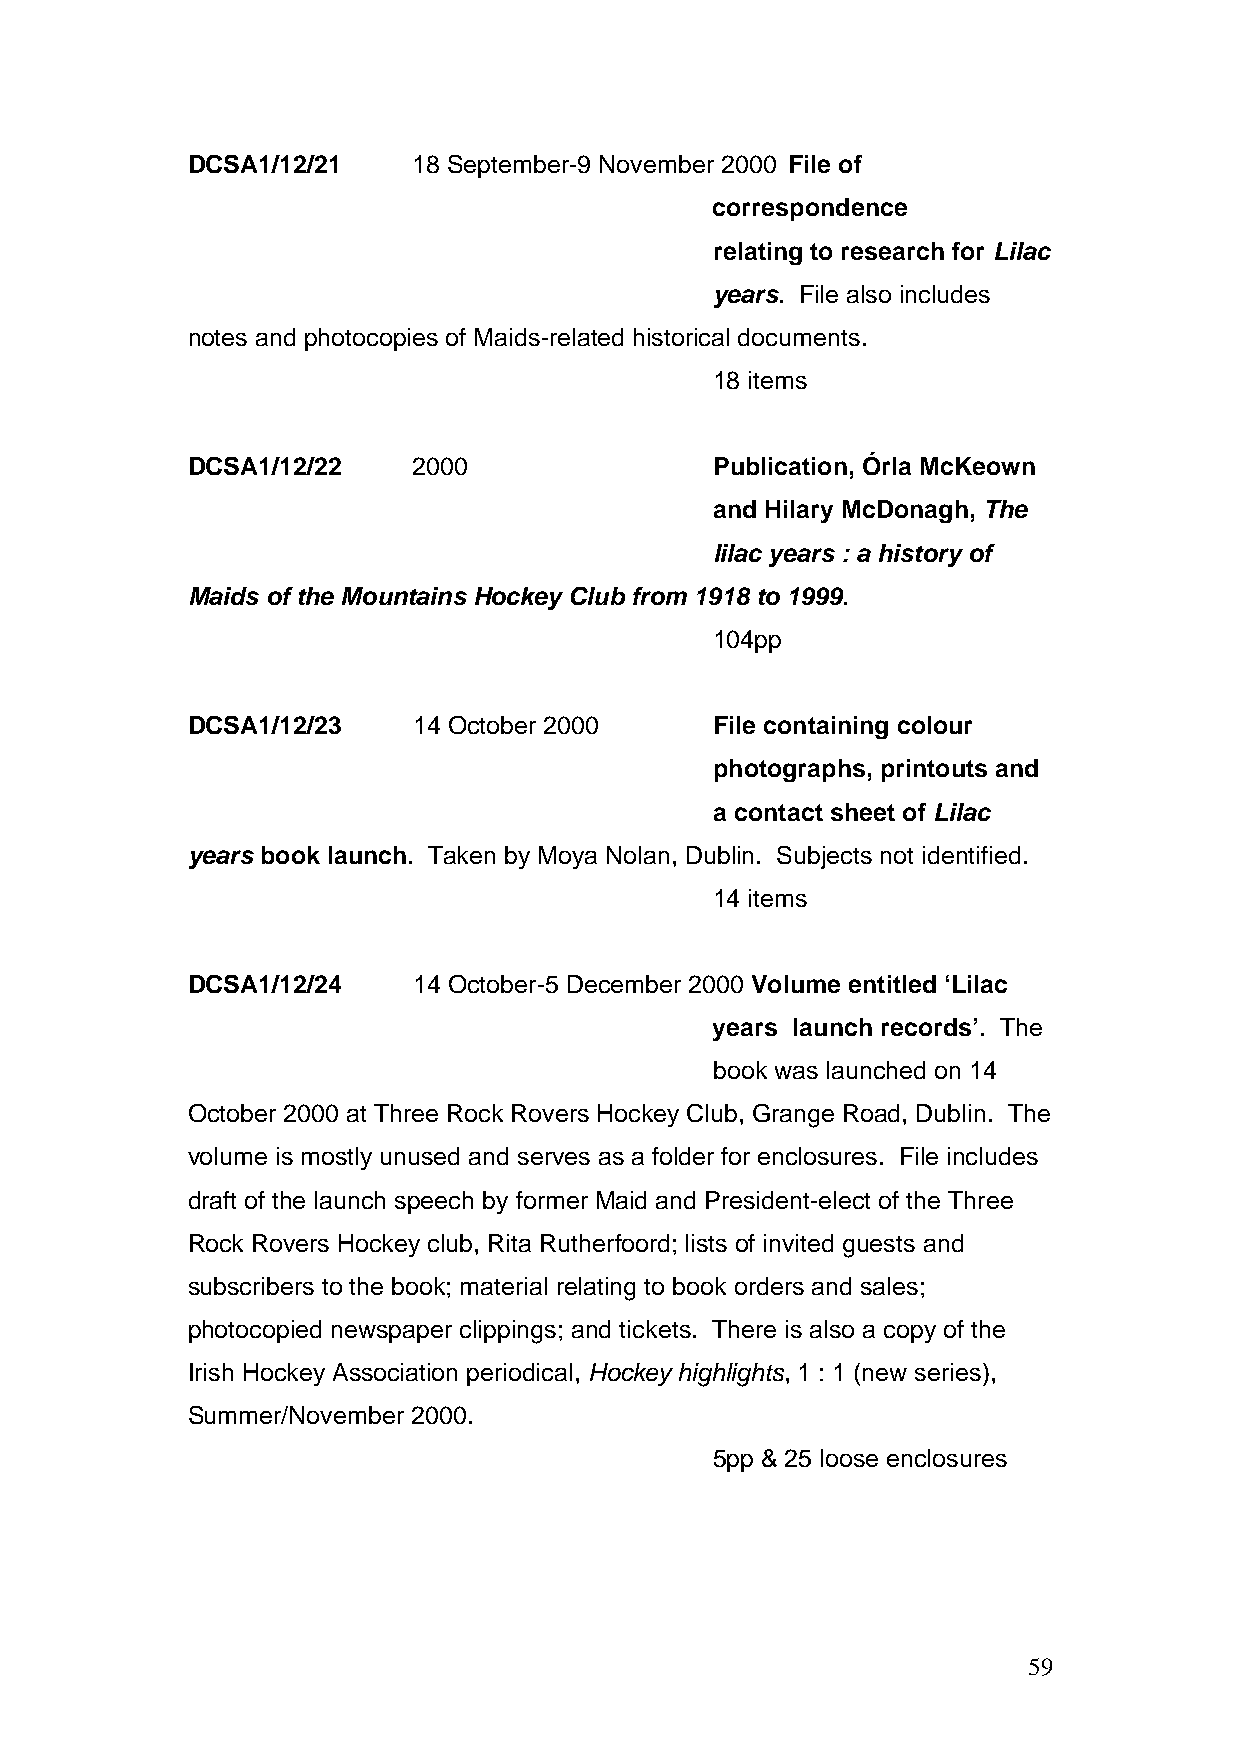
DCSA1/12/21    18 September-9 November 2000 File of
 correspondence
 relating to research for Lilac
 years. File also includes
 notes and photocopies of Maids-related historical documents.
 18 items
 DCSA1/12/22    2000                Publication, Órla McKeown
 and Hilary McDonagh, The
 lilac years : a history of
 Maids of the Mountains Hockey Club from 1918 to 1999.
 104pp
 DCSA1/12/23    14 October 2000     File containing colour
 photographs, printouts and
 a contact sheet of Lilac
 years book launch. Taken by Moya Nolan, Dublin. Subjects not identified.
 14 items
 DCSA1/12/24    14 October-5 December 2000 Volume entitled ‘Lilac
 years launch records’. The
 book was launched on 14
 October 2000 at Three Rock Rovers Hockey Club, Grange Road, Dublin. The
 volume is mostly unused and serves as a folder for enclosures. File includes
 draft of the launch speech by former Maid and President-elect of the Three
 Rock Rovers Hockey club, Rita Rutherfoord; lists of invited guests and
 subscribers to the book; material relating to book orders and sales;
 photocopied newspaper clippings; and tickets. There is also a copy of the
 Irish Hockey Association periodical, Hockey highlights, 1 : 1 (new series),
 Summer/November 2000.
 5pp & 25 loose enclosures
 59